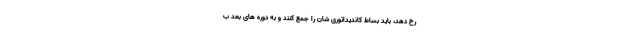
رخ دهد، باید بساط کاندیداتوری شان را جمع کنند و به دوره های بعد ب